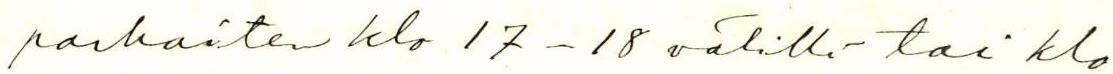
parhaiten klo 17-18 välillä tai klo